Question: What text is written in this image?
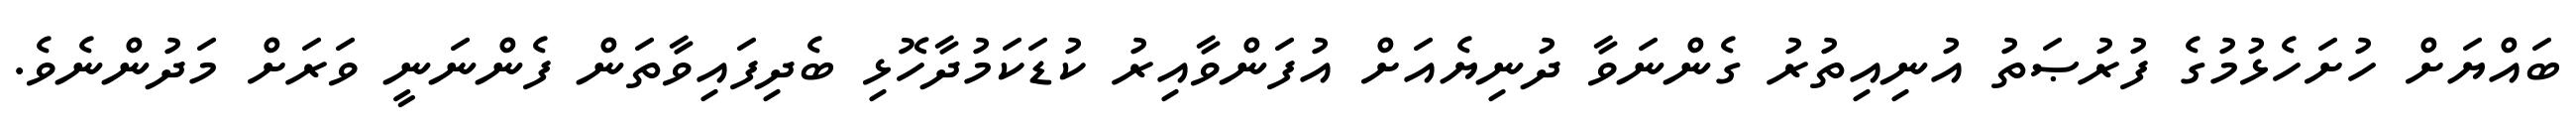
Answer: ބައްޔަށް ހުށަހެޅުމުގެ ފުރުޞަތު އުނިއިތުރު ގެންނަވާ ދުނިޔެއަށް އުފަންވާއިރު ކުޑަކަމުދާހޮޅި ބެދިފައިވާތަން ފެންނަނީ ވަރަށް މަދުންނެވެ.